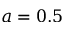
a = 0 . 5